Vaccine operations Central Provinces 1886-1899 - 1886-1899
Year: 1886
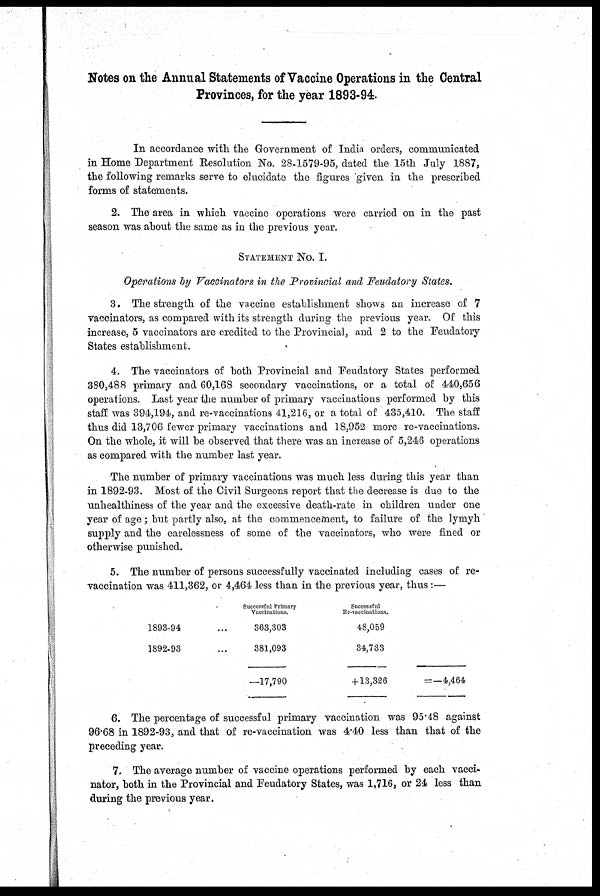
Notes on the Annual Statements of Vaccine Operations in the Central
Provinces, for the year 1893-94.
In accordance with the Government of India orders, communicated
in Home Department Resolution No. 28-1579-95, dated the 15th July 1887,
the following remarks serve to elucidate the figures given in the prescribed
forms of statements.
2. The area in which vaccine operations were carried on in the past
season was about the same as in the previous year.
STATEMENT No. I.
Operations by Vaccinators in the Provincial and Feudatory States.
3. The strength of the vaccine establishment shows an increase of 7
vaccinators, as compared with its strength during the previous year. Of this
increase, 5 vaccinators are credited to the Provincial, and 2 to the Feudatory
States establishment.
4. The vaccinators of both Provincial and Feudatory States performed
380,488 primary and 60,168 secondary vaccinations, or a total of 440,656
operations. Last year the number of primary vaccinations performed by this
staff was 394,194, and re-vaccinations 41,216, or a total of 435,410. The staff
thus did 13,706 fewer primary vaccinations and 18,952 more re-vaccinations.
On the whole, it will be observed that there was an increase of 5,246 operations
as compared with the number last year.
The number of primary vaccinations was much less during this year than
in 1892-93. Most of the Civil Surgeons report that the decrease is due to the
unhealthiness of the year and the excessive death-rate in children under one
year of age; but partly also, at the commencement, to failure of the lymyh
supply and the carelessness of some of the vaccinators, who were fined or
otherwise punished.
5. The number of persons successfully vaccinated including cases of re¬
vaccination was 411,362, or 4,464 less than in the previous year, thus:—
1898-94 ...
1892-93 ...
Successful Primary
Vaccinations.
363,303
381,093
—17,790
Successful
Re-vaccinations.
48,059
34,733
+ 13,326
=—4,464
6. The percentage of successful primary vaccination was 95.48 against
96.68 in 1892-93, and that of re-vaccination was 4.40 less than that of the
preceding year.
7. The average number of vaccine operations performed by each vacci-
nator, both in the Provincial and Feudatory States, was 1,716, or 24 less than
during the previous year.